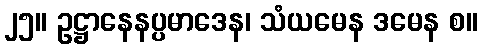
၂၅။ ဥဋ္ဌာနေနပ္ပမာဒေန၊ သံယမေန ဒမေန စ။